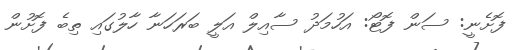
ފޮށެނީ: ސަން ފޮޓޯ: އަހުމަދު ސާއިލް އަލީ ބަރަހަނާ ހާލުގައި ތިބެ ފޮށުން